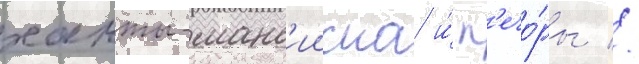
ханты-манс'ииска и́ п'ечо́ры //